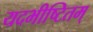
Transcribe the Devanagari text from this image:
यदभीष्टितम्